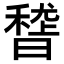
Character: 𥡳